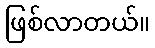
ဖြစ်လာတယ်။